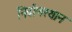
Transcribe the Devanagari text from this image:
निर्वाणस्थान